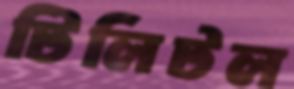
টিলিটল